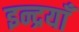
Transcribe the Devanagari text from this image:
इन्द्रयाँ